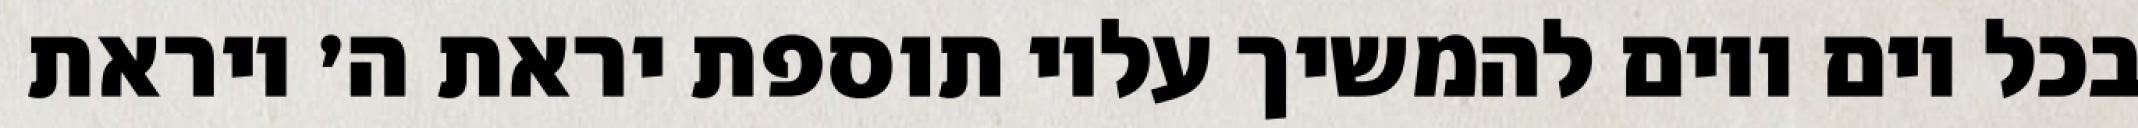
בכל יום ויום להמשיך עליו תוספת יראת ה׳ ויראת